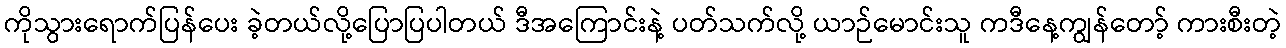
ကိုသွားရောက်ပြန်ပေး ခဲ့တယ်လို့ပြောပြပါတယ် ဒီအကြောင်းနဲ့ ပတ်သက်လို့ ယာဉ်မောင်းသူ ကဒီနေ့ကျွန်တော့် ကားစီးတဲ့